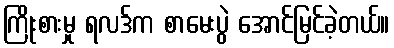
ကြိုးစားမှု ရလဒ်က စာမေးပွဲ အောင်မြင်ခဲ့တယ်။